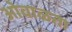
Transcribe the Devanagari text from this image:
ओवाळता